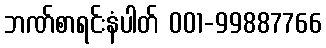
ဘဏ်စာရင်းနံပါတ် 001-99887766